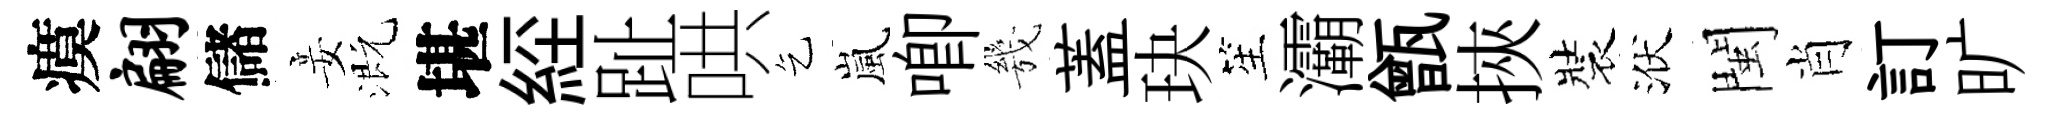
瘼翩儲妾溉堪𦀇趾哄乞嵐唧㡬蓋玦笙灞甑挾裝洑閩肖訂旷